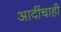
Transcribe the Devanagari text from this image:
आदींचाही